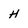
Character: H